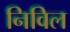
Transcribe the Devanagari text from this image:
निविल